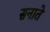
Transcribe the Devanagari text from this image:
सनाते